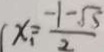
x _ { 1 } = \frac { - 1 - \sqrt { 5 } } { 2 }